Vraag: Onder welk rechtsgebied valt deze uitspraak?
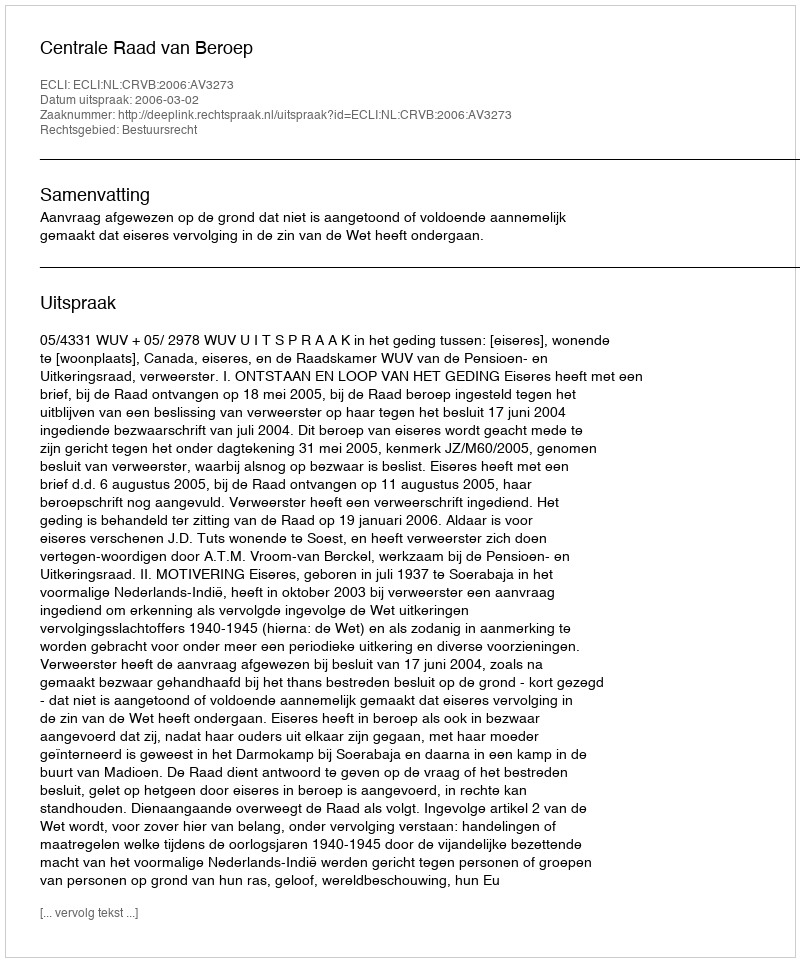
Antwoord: Bestuursrecht